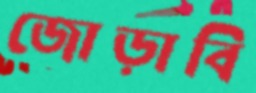
জোড়াবি